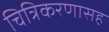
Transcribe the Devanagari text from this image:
चित्रिकरणासह